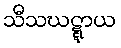
သီသဃဋ္ဋာယ